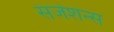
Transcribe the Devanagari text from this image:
सजेशन्स